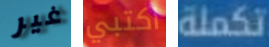
غير اكتبي تكملة